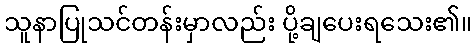
သူနာပြုသင်တန်းမှာလည်း ပို့ချပေးရသေး၏။